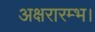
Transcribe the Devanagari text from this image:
अक्षरारम्भ।